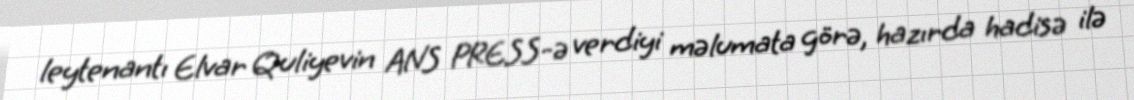
leytenantı Elvar Quliyevin ANS PRESS-ə verdiyi məlumata görə, hazırda hadisə ilə